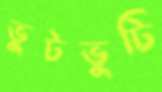
ভুটভুটি